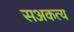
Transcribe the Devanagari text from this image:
सअकत्य